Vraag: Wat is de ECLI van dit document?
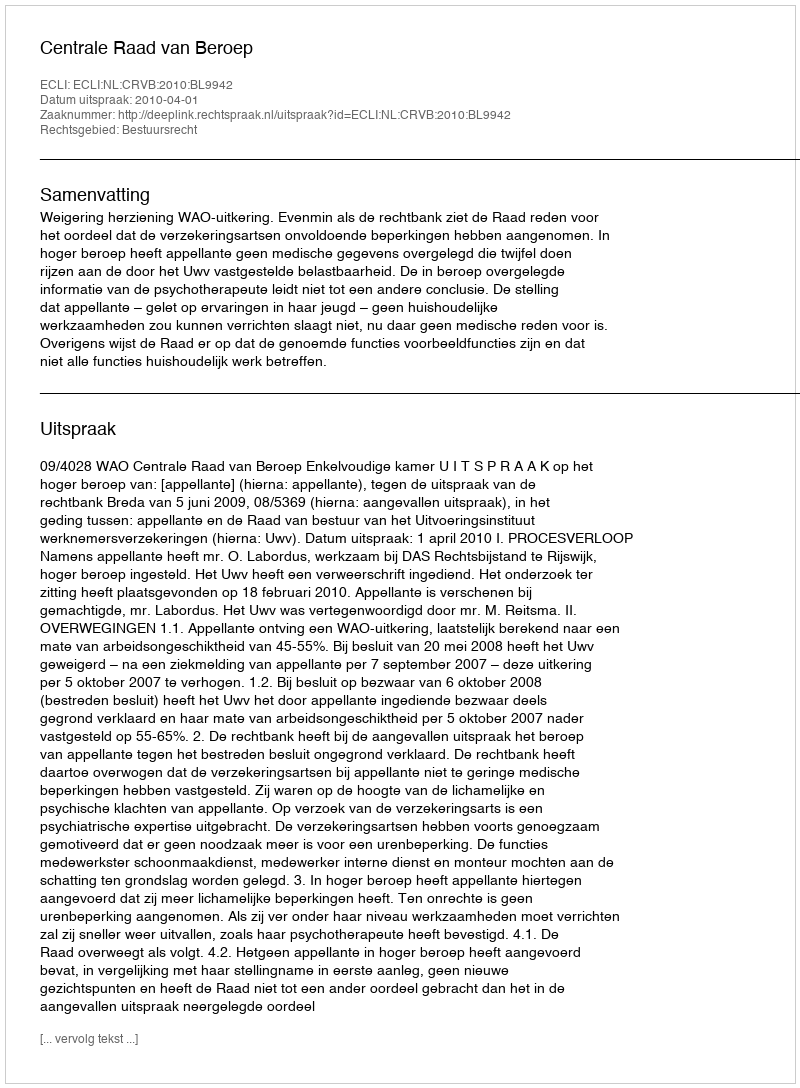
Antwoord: ECLI:NL:CRVB:2010:BL9942